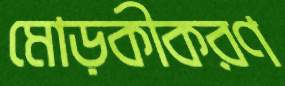
মোড়কীকরণ